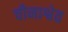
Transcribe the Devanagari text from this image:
चीनाश्वेत